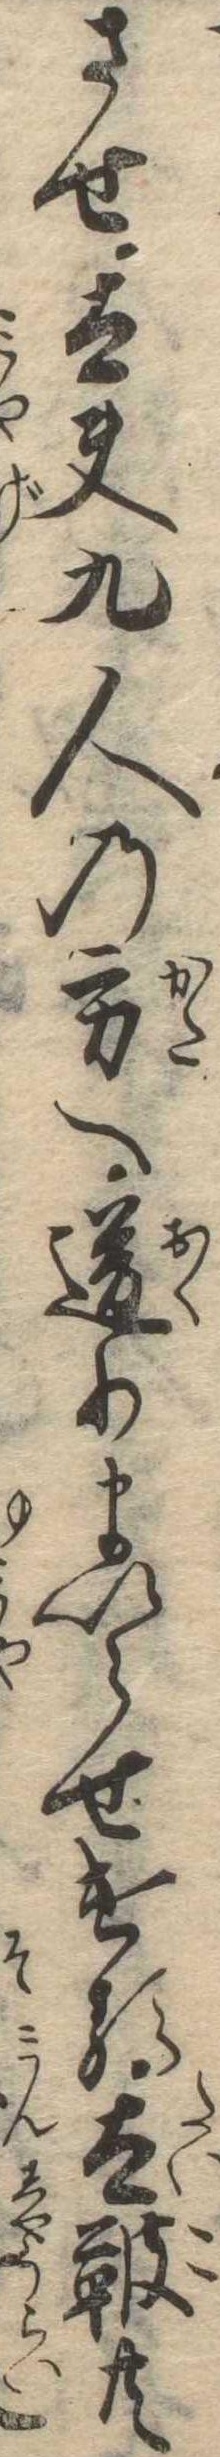
させ太夫九人の方へ送りまいらせける太鞁共